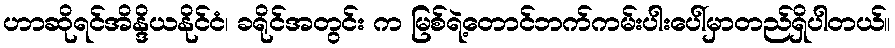
ဟာဆိုရင်အိန္ဒိယနိုင်ငံ၊ ခရိုင်အတွင်း က မြစ်ရဲ့တောင်ဘက်ကမ်းပါးပေါ်မှာတည်ရှိပါတယ်။